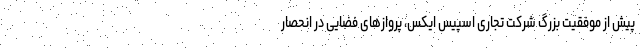
پیش از موفقیت بزرگ شرکت تجاری اسپیس ایکس، پروازهای فضایی در انحصار